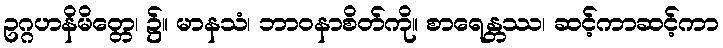
ဥဂ္ဂဟနိမိတ္တေ၊ ၌။ မာနသံ၊ ဘာဝနာစိတ်ကို။ စာရေန္တဿ၊ ဆင့်ကာဆင့်ကာ